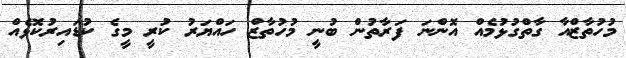
މުހުތާޒްއާ ގާތްގުޅުމެއް އޮންނަ ފަރާތުން ބުނީ މުހުތާޒް ހައްޔަރު ކުރީ މީގެ ކުޑައިރުކޮޅެއް